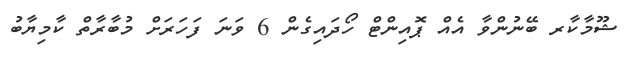
ޝޫމާކާރ ބޭނުންވާ އެއް ޕޮއިންޓް ހޯދައިގެން 6 ވަނަ ފަހަރަށް މުބާރާތް ކާމިޔާބު